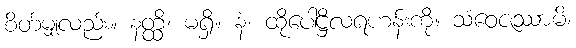
စိတ်မျှလည်း။ နတ္ထိ၊ မရှိ။ နံ၊ ထိုပေါဋ္ဌိလရဟန်းကို။ သံဝေဇဿာမိ၊